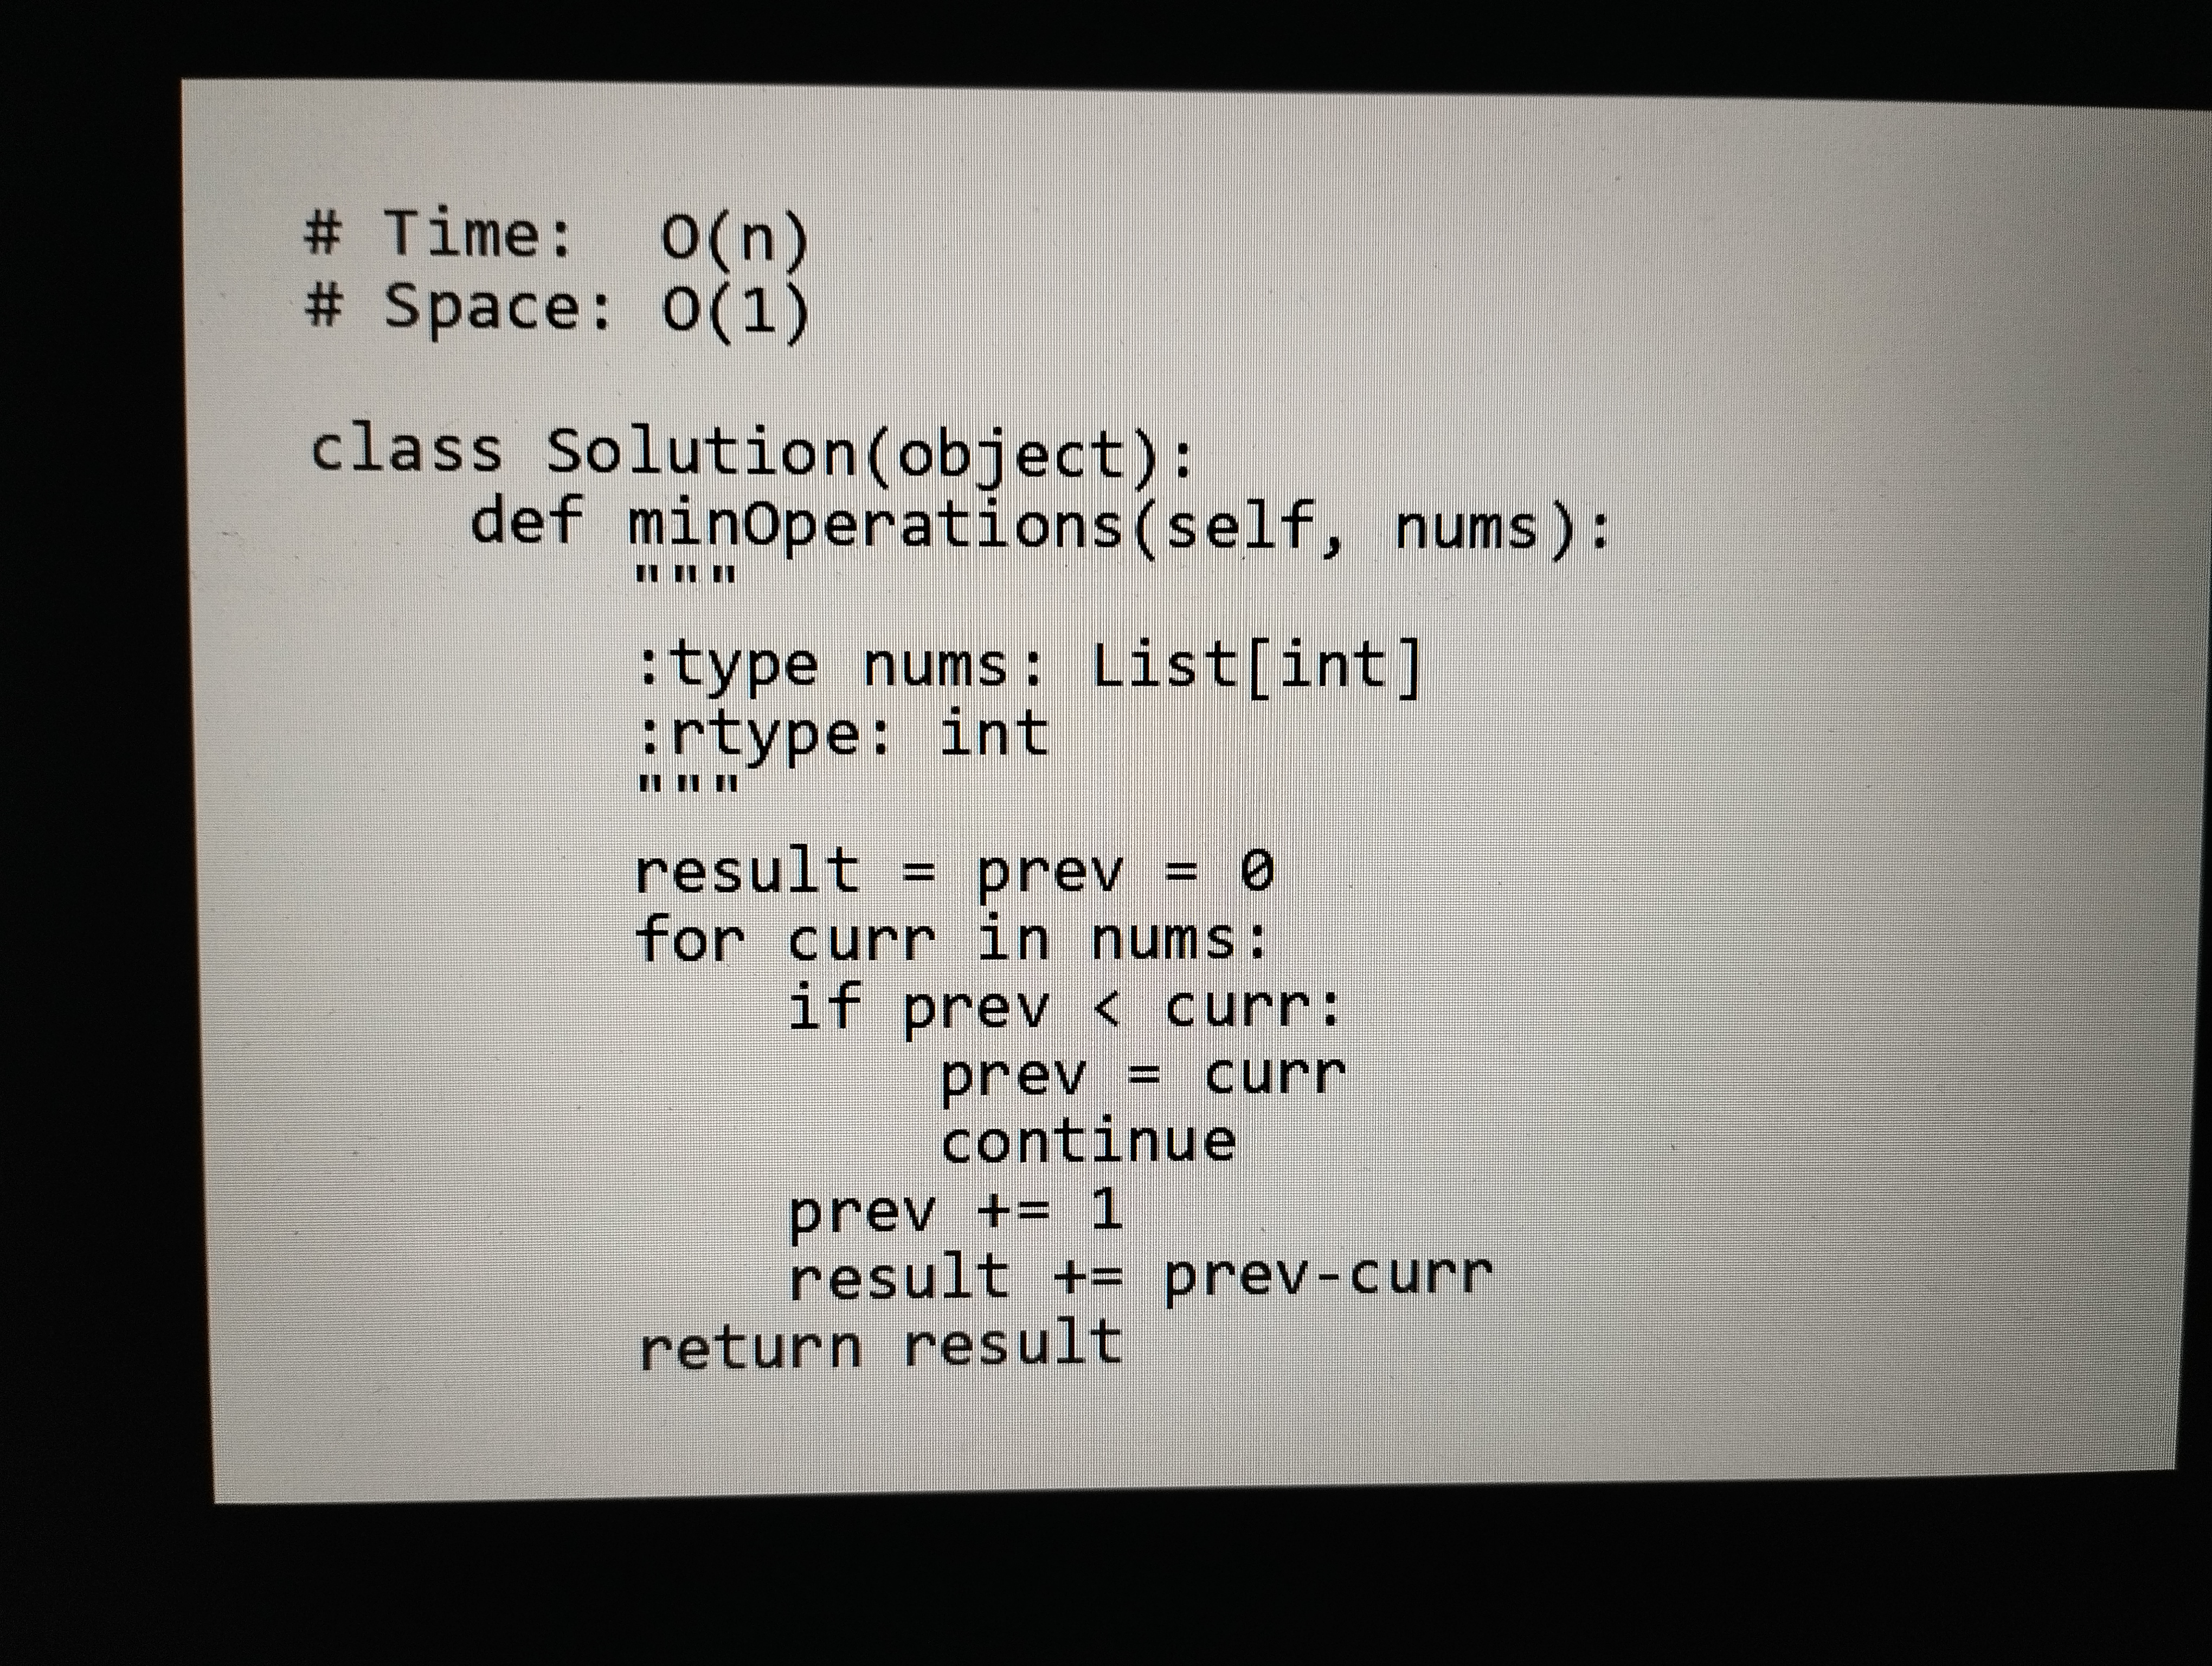
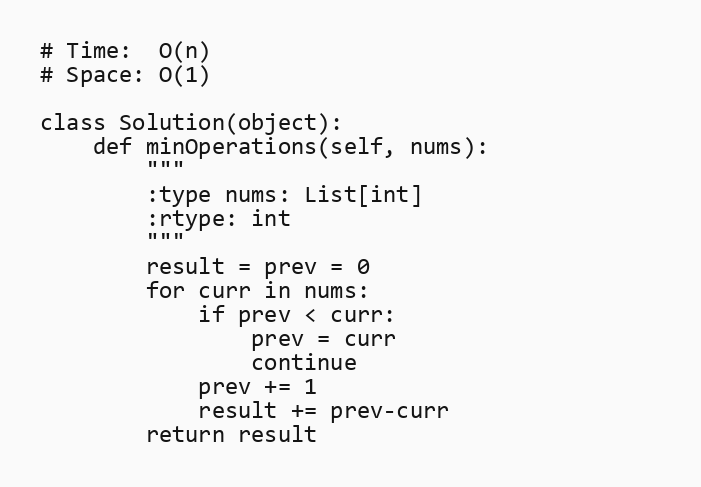
# Time:  O(n)
# Space: O(1)

class Solution(object):
    def minOperations(self, nums):
        """
        :type nums: List[int]
        :rtype: int
        """
        result = prev = 0
        for curr in nums:
            if prev < curr:
                prev = curr
                continue
            prev += 1
            result += prev-curr
        return result